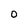
Character: O